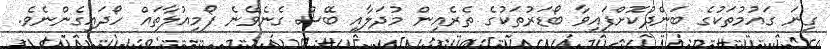
ގިނަ ގައުމުތަކުގެ ބަންދުކޮށްފައިވާ ބޯޑަރުތަކުގެ ތެރެއިން މުދަލާއި ބޭސް ގެނެވޭނެ ފޯމިއުލާތައް ހޯދައިގެންނެވެ.